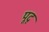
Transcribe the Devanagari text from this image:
पूदृ